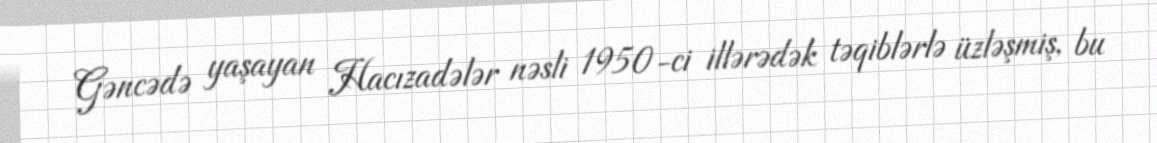
Gəncədə yaşayan Hacızadələr nəsli 1950-ci illərədək təqiblərlə üzləşmiş, bu